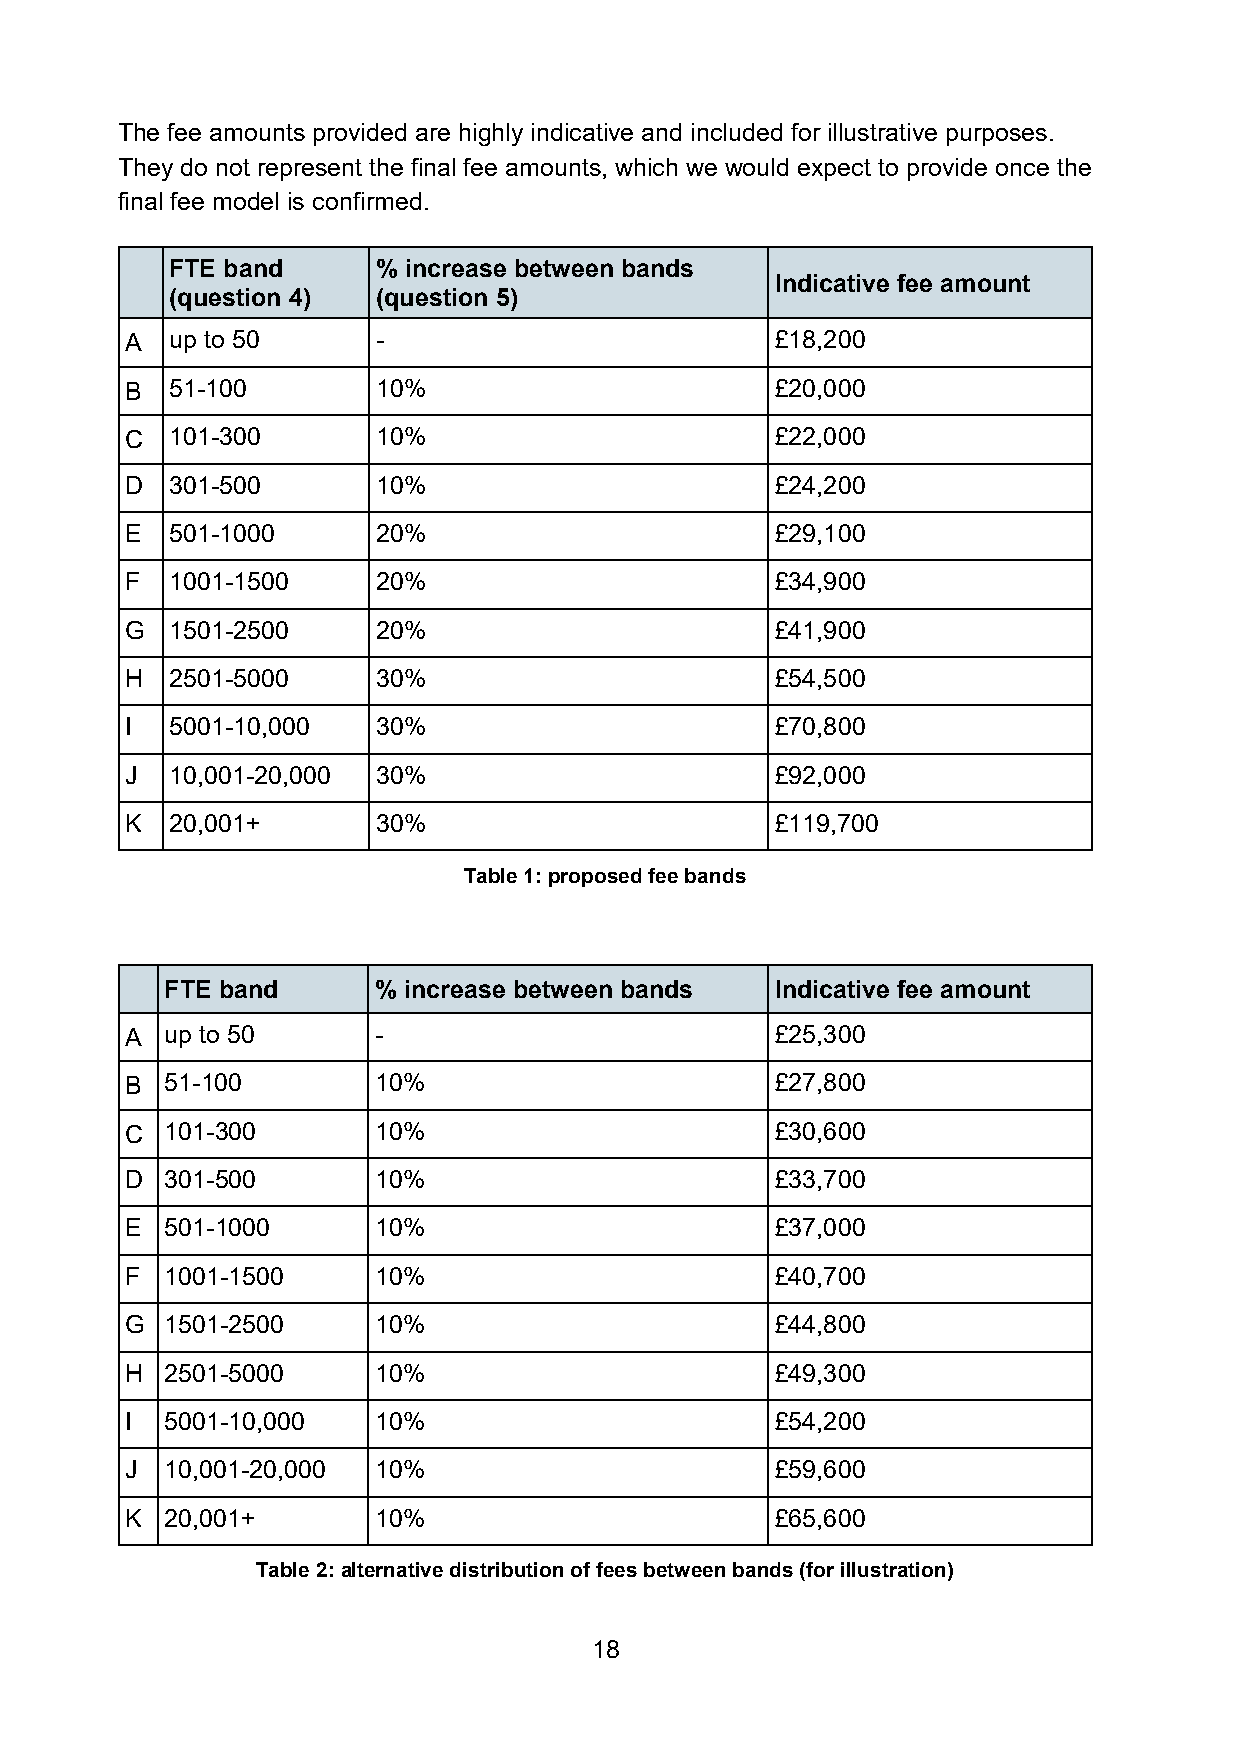
The fee amounts provided are highly indicative and included for illustrative purposes.
 They do not represent the final fee amounts, which we would expect to provide once the
 final fee model is confirmed.
 FTE band      % increase between bands
 Indicative fee amount
 (question 4)  (question 5)
 A  up to 50      -                         £18,200
 B  51-100        10%                       £20,000
 C  101-300       10%                       £22,000
 D  301-500       10%                       £24,200
 E  501-1000      20%                       £29,100
 F  1001-1500     20%                       £34,900
 G  1501-2500     20%                       £41,900
 H  2501-5000     30%                       £54,500
 I  5001-10,000   30%                       £70,800
 J  10,001-20,000 30%                       £92,000
 K  20,001+       30%                       £119,700
 Table 1: proposed fee bands
 FTE band      % increase between bands  Indicative fee amount
 A  up to 50      -                         £25,300
 B  51-100        10%                       £27,800
 C  101-300       10%                       £30,600
 D  301-500       10%                       £33,700
 E  501-1000      10%                       £37,000
 F  1001-1500     10%                       £40,700
 G  1501-2500     10%                       £44,800
 H  2501-5000     10%                       £49,300
 I  5001-10,000   10%                       £54,200
 J  10,001-20,000 10%                       £59,600
 K  20,001+       10%                       £65,600
 Table 2: alternative distribution of fees between bands (for illustration)
 18